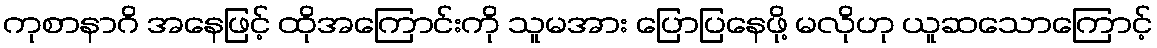
ကုစာနာဂိ အနေဖြင့် ထိုအကြောင်းကို သူမအား ပြောပြနေဖို့ မလိုဟု ယူဆသောကြောင့်